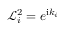
\mathcal { L } _ { i } ^ { 2 } = e ^ { \mathrm { i } k _ { i } }